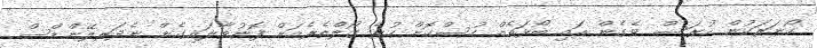
ކޯނަރަކުން ހުރަސް ވެގެން އައި ބޯޅައެއް ހުސްކޮށް ހުރެ ގޯލްތެރެއަށް ފޮނުވާލައިގެން ނެދަރލޭންޑްސް